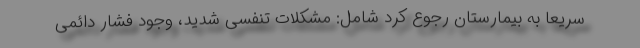
سریعا به بیمارستان رجوع کرد شامل: مشکلات تنفسی شدید، وجود فشار دائمی